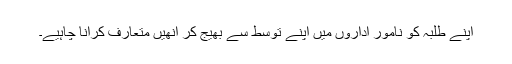
اپنے طلبہ کو نامور اداروں میں اپنے توسط سے بھیج کر انھیں متعارف کرانا چاہیے۔